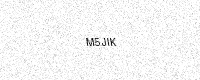
Text: M5JIK